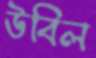
উবিল